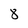
Character: 8